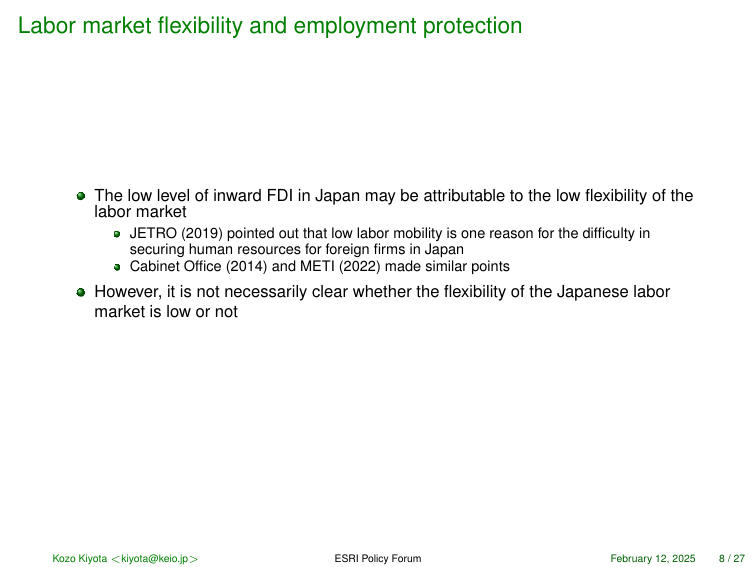
Labor market flexibility and employment protection

• The low level of inward FDI in Japan may be attributable to the low flexibility of the labor market
   • JETRO (2019) pointed out that low labor mobility is one reason for the difficulty in securing human resources for foreign firms in Japan
   • Cabinet Office (2014) and METI (2022) made similar points
• However, it is not necessarily clear whether the flexibility of the Japanese labor market is low or not

Kozo Kiyota <kiyota@keio.jp> ESRI Policy Forum February 12, 2025 8 / 27